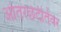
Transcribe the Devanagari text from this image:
आंतरछेदीतेवर